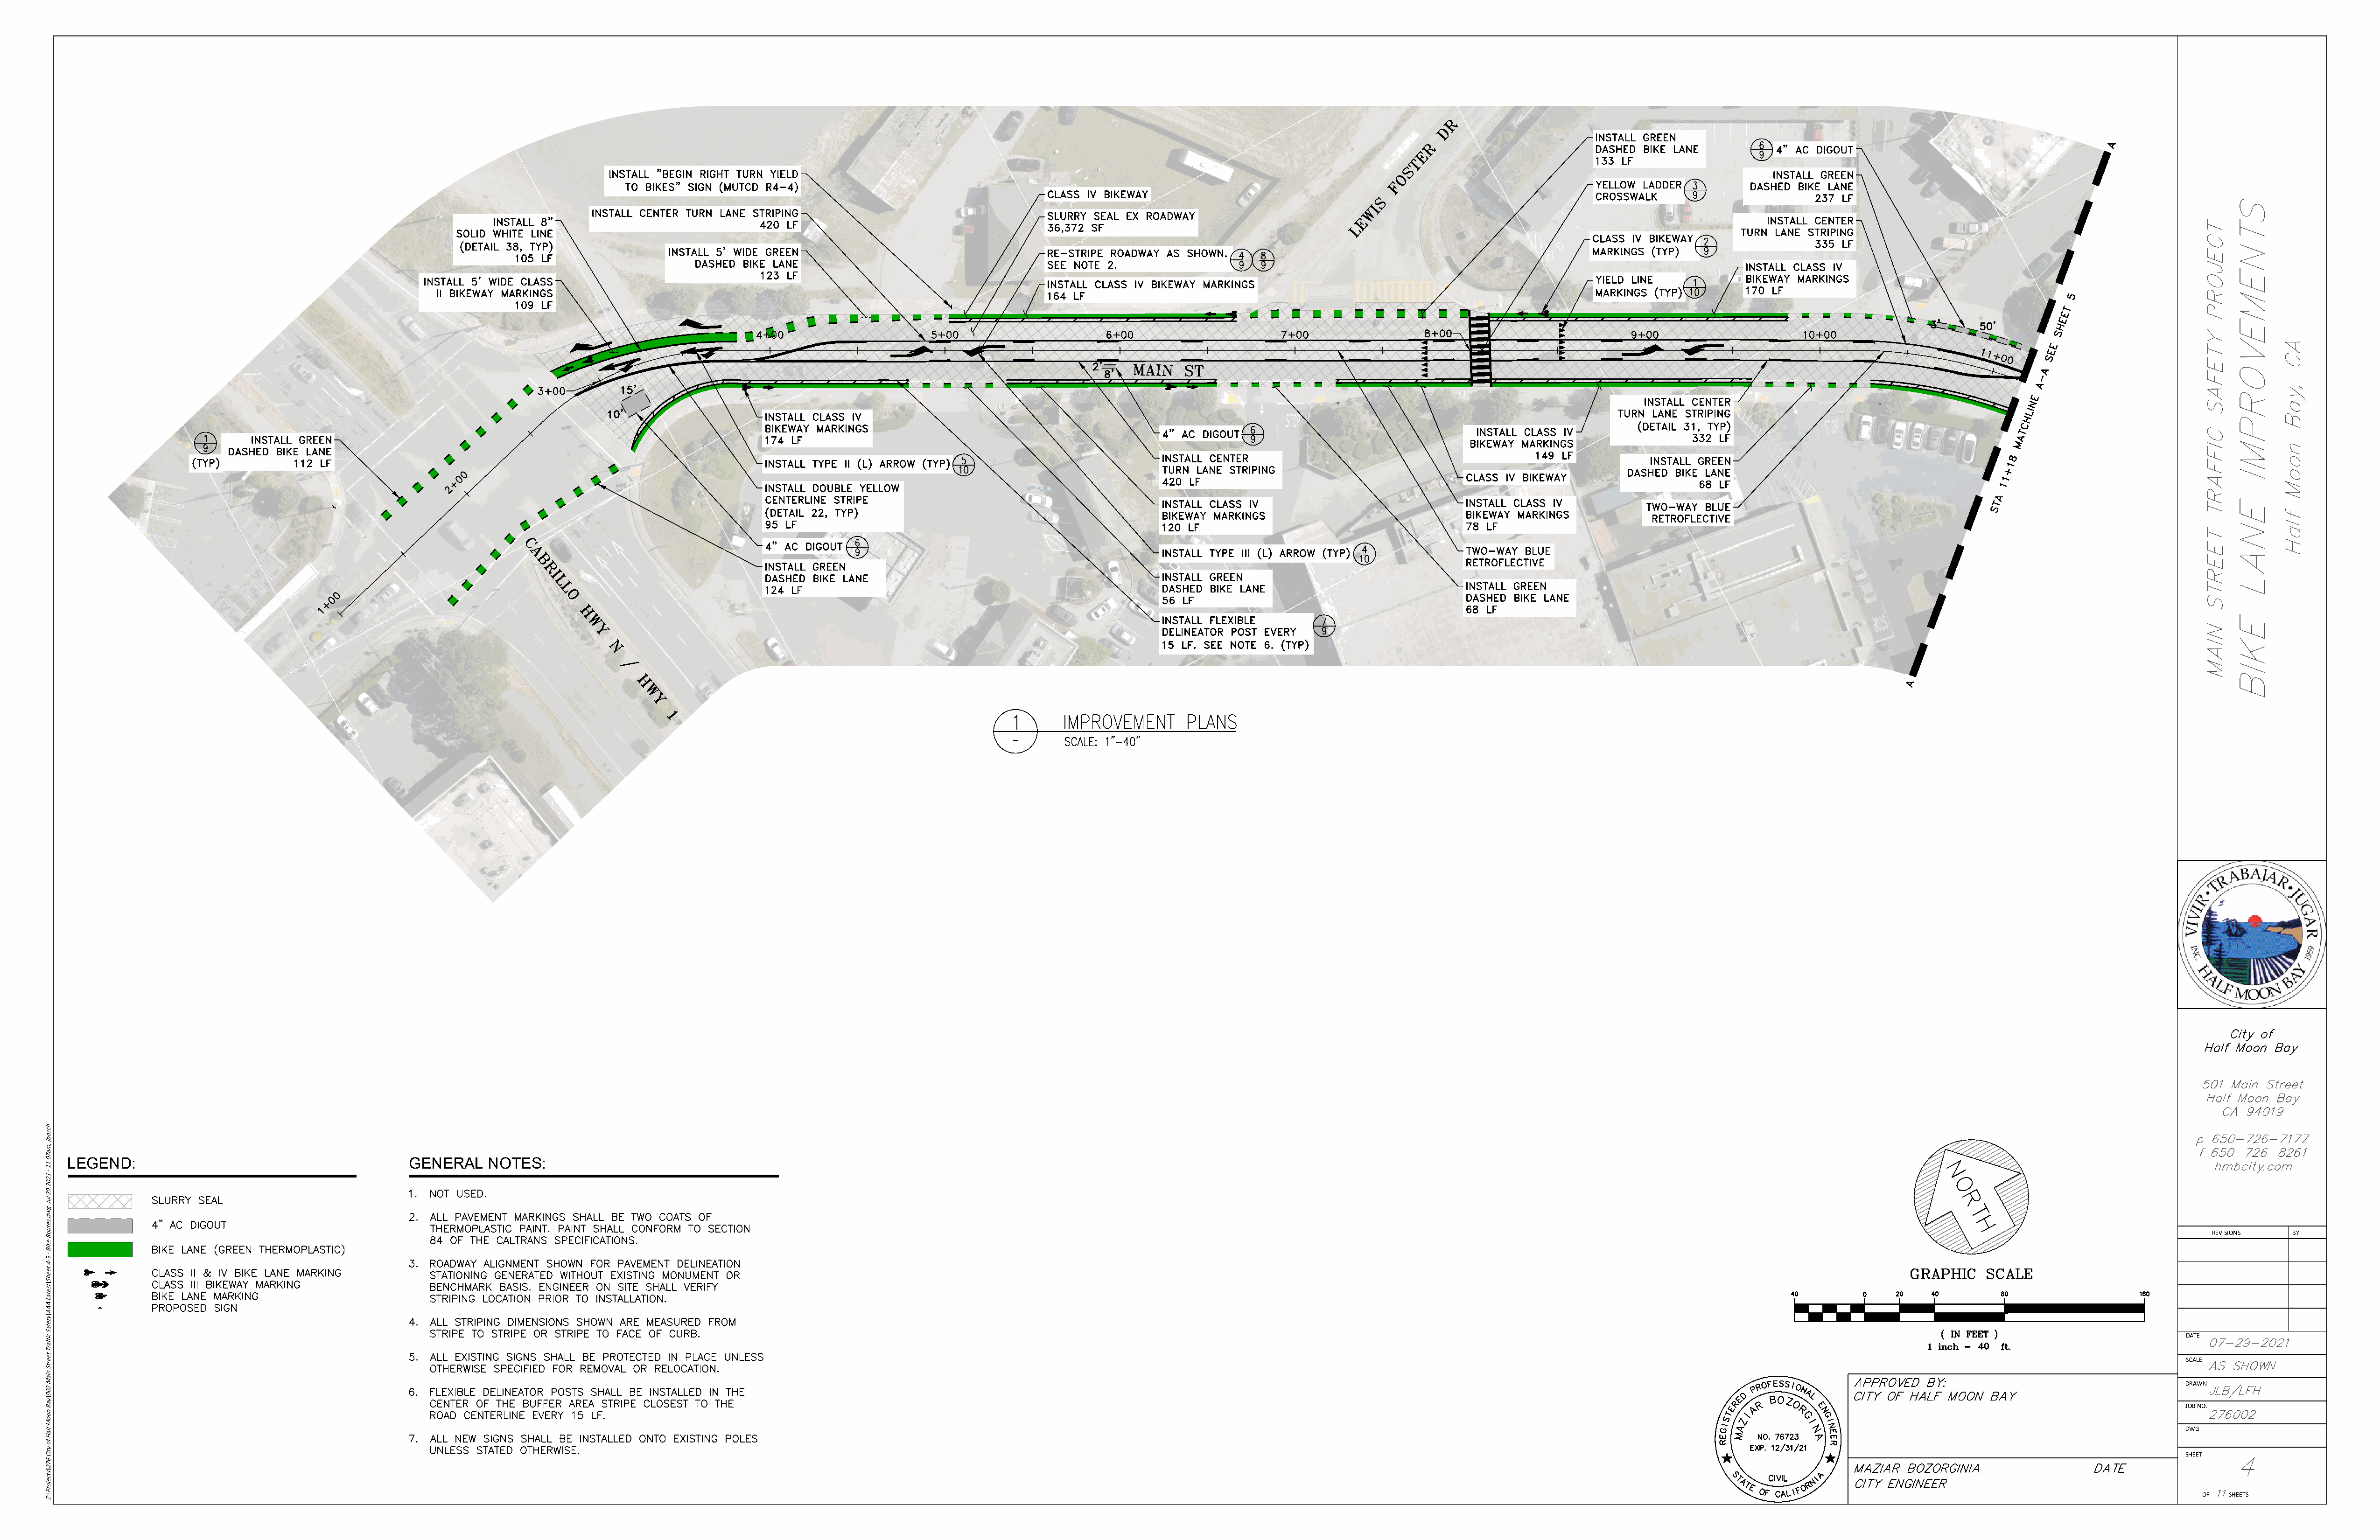
LEGEND:                                         GENERAL    NOTES:
 REVISIONS  BY
 DATE
 SCALE
 DRAWN
 JOB NO.
 DWG
 SHEET
 OF  SHEETS
 hcsobj
 ,ma70:11
 -
 1202,92
 luJ
 gwd.setuoR
 ekiB
 -
 5-4
 teehS\tsetaL
 AAA\ytefaS
 ciffarT
 teertS
 niaM
 200\yaB
 nooM
 flaH
 fo
 ytiC
 672\stcejorP\:Z